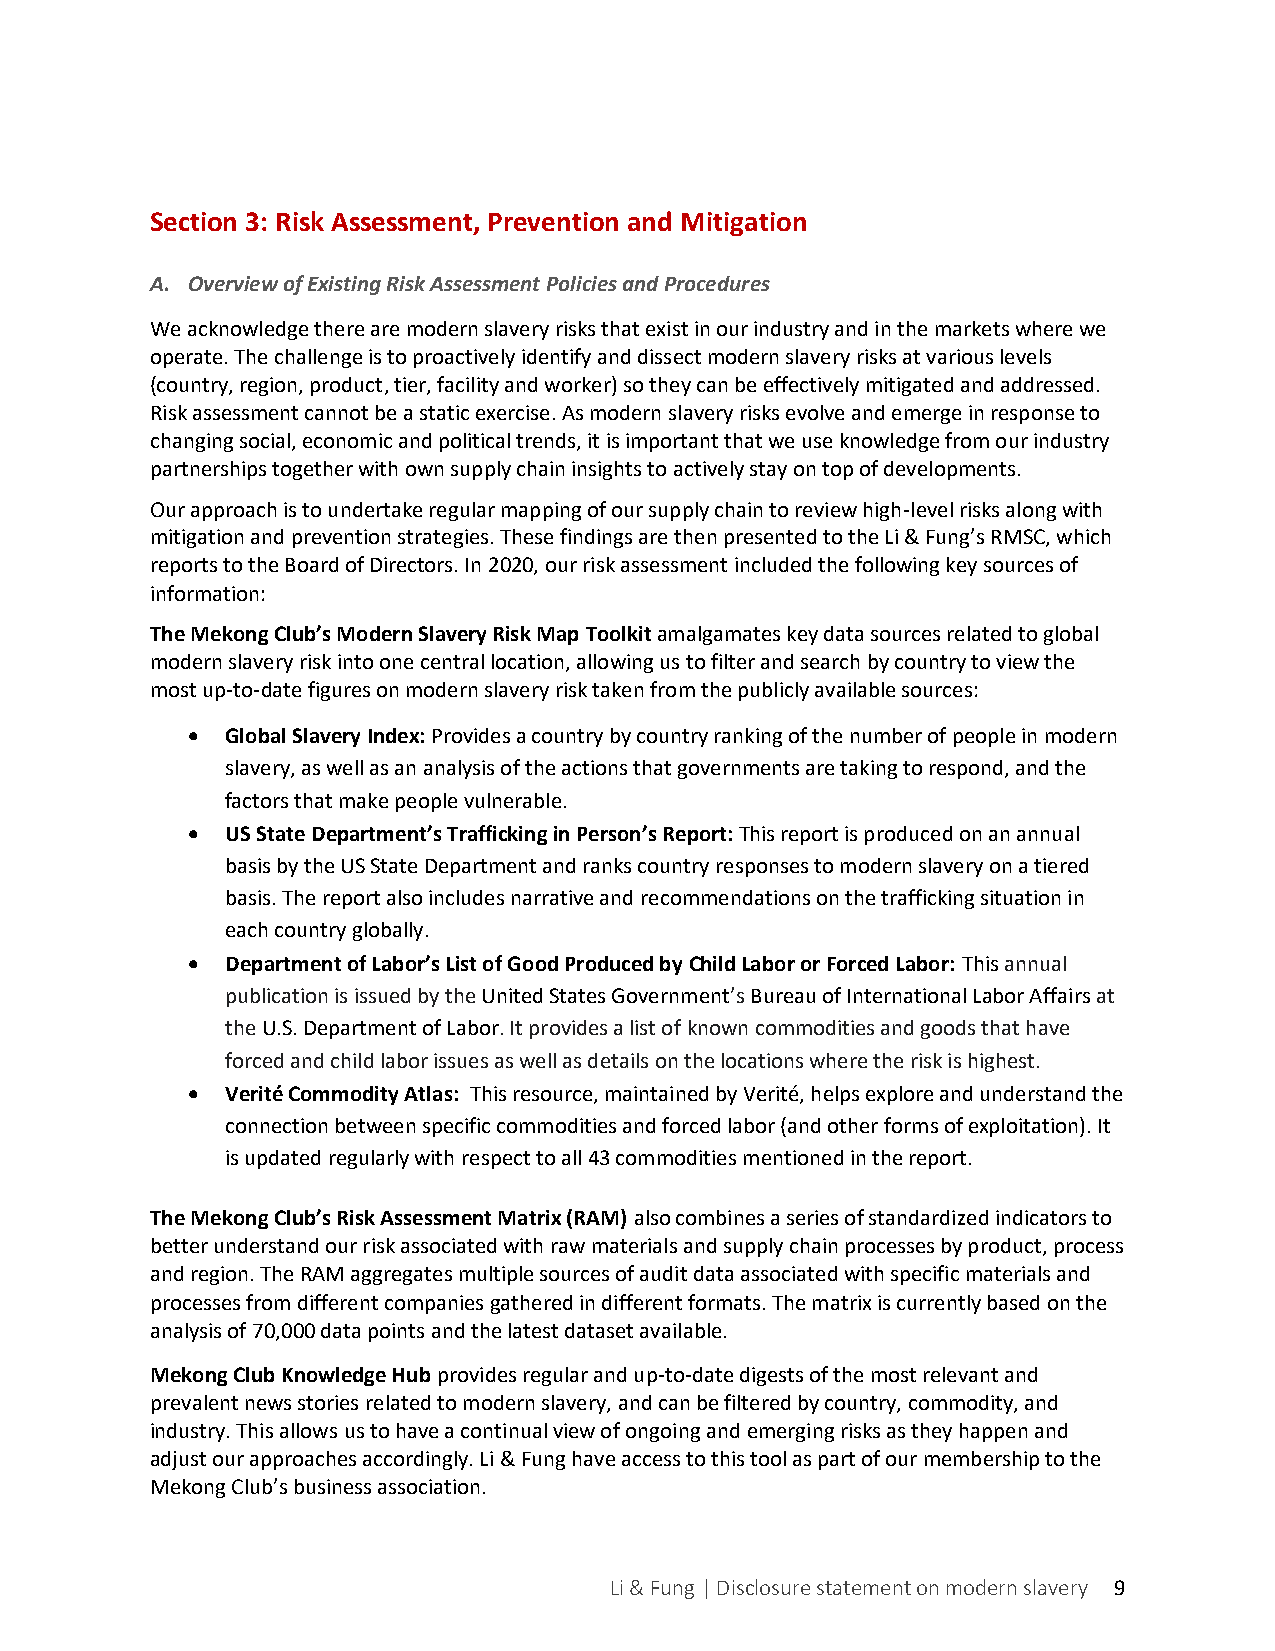
Section 3: Risk Assessment, Prevention and Mitigation
 A. Overview of Existing Risk Assessment Policies and Procedures
 We acknowledge there are modern slavery risks that exist in our industry and in the markets where we
 operate. The challenge is to proactively identify and dissect modern slavery risks at various levels
 (country, region, product, tier, facility and worker) so they can be effectively mitigated and addressed.
 Risk assessment cannot be a static exercise. As modern slavery risks evolve and emerge in response to
 changing social, economic and political trends, it is important that we use knowledge from our industry
 partnerships together with own supply chain insights to actively stay on top of developments.
 Our approach is to undertake regular mapping of our supply chain to review high-level risks along with
 mitigation and prevention strategies. These findings are then presented to the Li & Fung’s RMSC, which
 reports to the Board of Directors. In 2020, our risk assessment included the following key sources of
 information:
 The Mekong Club’s Modern Slavery Risk Map Toolkit amalgamates key data sources related to global
 modern slavery risk into one central location, allowing us to filter and search by country to view the
 most up-to-date figures on modern slavery risk taken from the publicly available sources:
 •  Global Slavery Index: Provides a country by country ranking of the number of people in modern
 slavery, as well as an analysis of the actions that governments are taking to respond, and the
 factors that make people vulnerable.
 •  US State Department’s Trafficking in Person’s Report: This report is produced on an annual
 basis by the US State Department and ranks country responses to modern slavery on a tiered
 basis. The report also includes narrative and recommendations on the trafficking situation in
 each country globally.
 •  Department of Labor’s List of Good Produced by Child Labor or Forced Labor: This annual
 publication is issued by the United States Government’s Bureau of International Labor Affairs at
 the U.S. Department of Labor. It provides a list of known commodities and goods that have
 forced and child labor issues as well as details on the locations where the risk is highest.
 •  Verité Commodity Atlas: This resource, maintained by Verité, helps explore and understand the
 connection between specific commodities and forced labor (and other forms of exploitation). It
 is updated regularly with respect to all 43 commodities mentioned in the report.
 The Mekong Club’s Risk Assessment Matrix (RAM) also combines a series of standardized indicators to
 better understand our risk associated with raw materials and supply chain processes by product, process
 and region. The RAM aggregates multiple sources of audit data associated with specific materials and
 processes from different companies gathered in different formats. The matrix is currently based on the
 analysis of 70,000 data points and the latest dataset available.
 Mekong Club Knowledge Hub provides regular and up-to-date digests of the most relevant and
 prevalent news stories related to modern slavery, and can be filtered by country, commodity, and
 industry. This allows us to have a continual view of ongoing and emerging risks as they happen and
 adjust our approaches accordingly. Li & Fung have access to this tool as part of our membership to the
 Mekong Club’s business association.
 Li & Fung | Disclosure statement on modern slavery 9